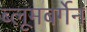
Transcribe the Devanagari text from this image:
ब्लूमबर्गेन